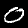
Label: 0